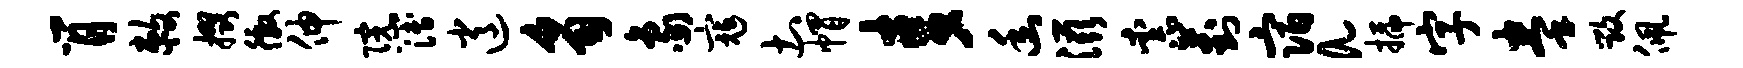
肖敕掇徼伸院簿逍豸象寇土帽麦幽滋柰葑宿a插字拳毁佩